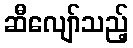
ဆီလျော်သည့်